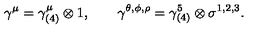
\gamma ^ { \mu } = \gamma _ { ( 4 ) } ^ { \mu } \otimes 1 , \qquad \gamma ^ { \theta , \phi , \rho } = \gamma _ { ( 4 ) } ^ { 5 } \otimes \sigma ^ { 1 , 2 , 3 } .